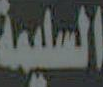
السليمة